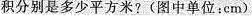
积分别是多少平方米?(图中单位：cm)